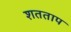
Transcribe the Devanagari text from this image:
शतताप